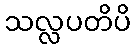
သလ္လပတိပိ